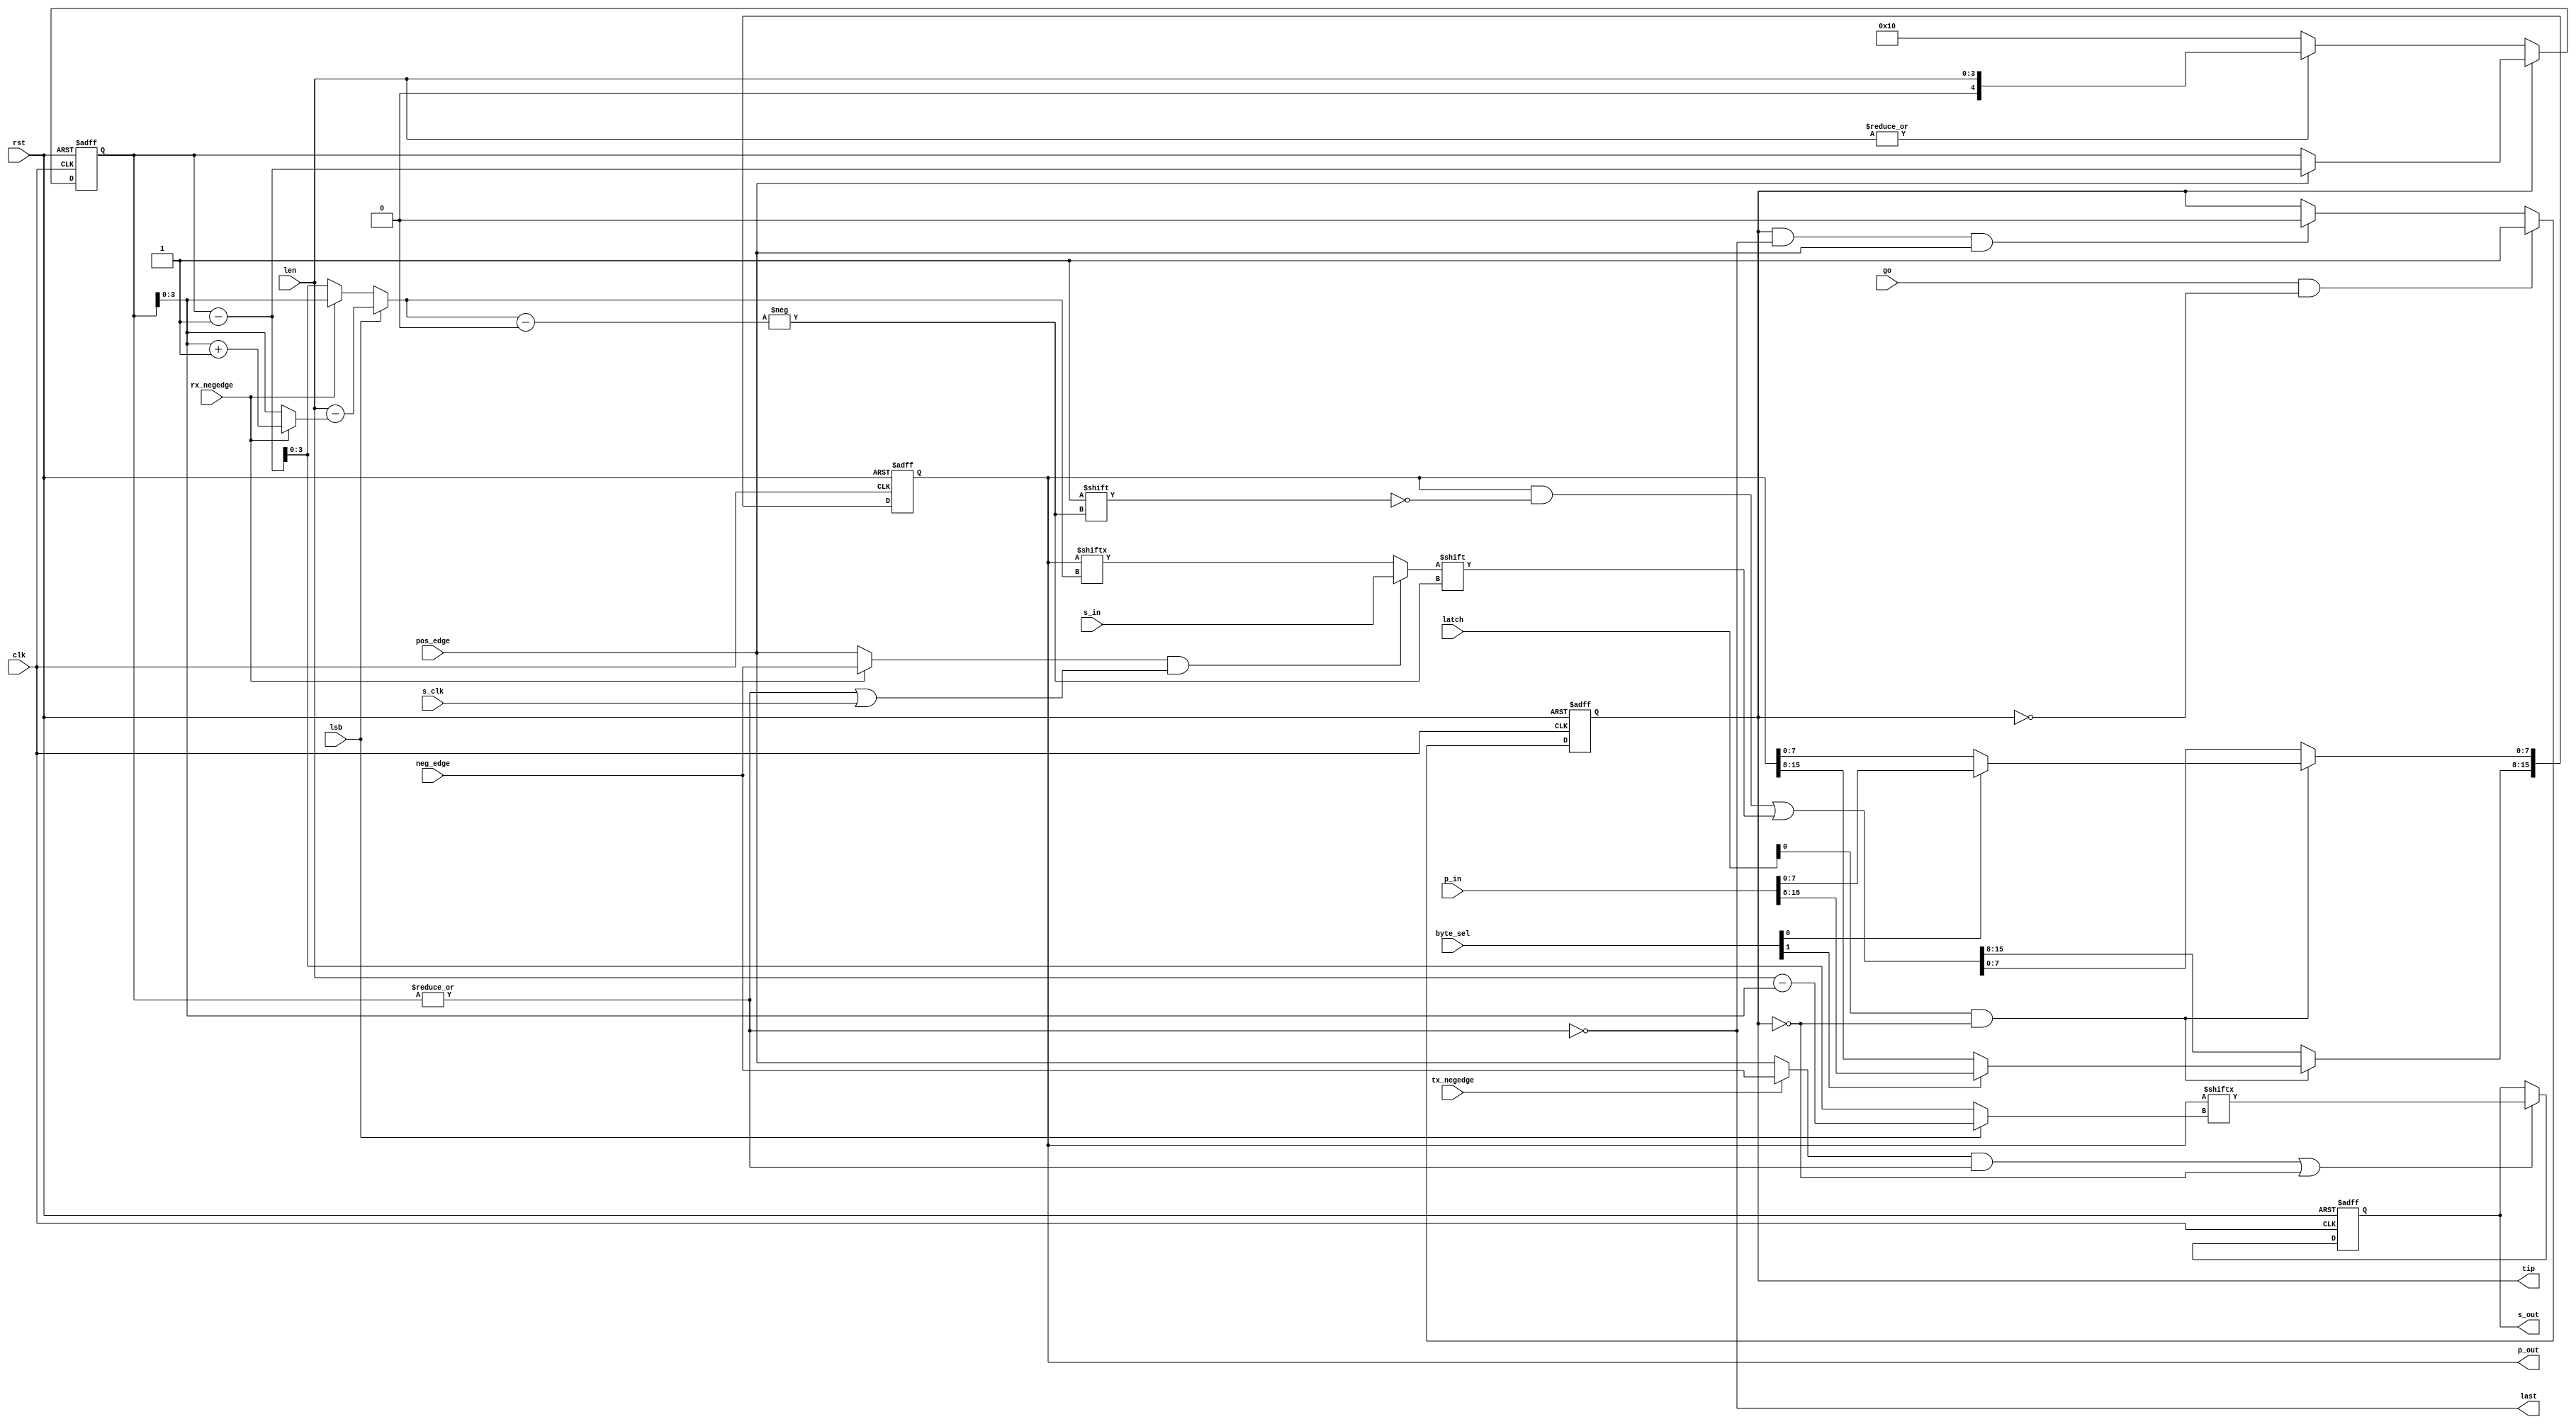
//////////////////////////////////////////////////////////////////////
////                                                              ////
////  spi_shift.v                                                 ////
////                                                              ////
////  This file is part of the SPI IP core project                ////
////  http://www.opencores.org/projects/spi/                      ////
////                                                              ////
////  Author(s):                                                  ////
////      - Simon Srot (simons@opencores.org)                     ////
////                                                              ////
////  All additional information is avaliable in the Readme.txt   ////
////  file.                                                       ////
////                                                              ////
//////////////////////////////////////////////////////////////////////
////                                                              ////
//// Copyright (C) 2002 Authors                                   ////
////                                                              ////
//// This source file may be used and distributed without         ////
//// restriction provided that this copyright statement is not    ////
//// removed from the file and that any derivative work contains  ////
//// the original copyright notice and the associated disclaimer. ////
////                                                              ////
//// This source file is free software; you can redistribute it   ////
//// and/or modify it under the terms of the GNU Lesser General   ////
//// Public License as published by the Free Software Foundation; ////
//// either version 2.1 of the License, or (at your option) any   ////
//// later version.                                               ////
////                                                              ////
//// This source is distributed in the hope that it will be       ////
//// useful, but WITHOUT ANY WARRANTY; without even the implied   ////
//// warranty of MERCHANTABILITY or FITNESS FOR A PARTICULAR      ////
//// PURPOSE.  See the GNU Lesser General Public License for more ////
//// details.                                                     ////
////                                                              ////
//// You should have received a copy of the GNU Lesser General    ////
//// Public License along with this source; if not, download it   ////
//// from http://www.opencores.org/lgpl.shtml                     ////
////                                                              ////
//////////////////////////////////////////////////////////////////////
`timescale 1ns / 10ps


//
// Number of bits used for devider register. If used in system with
// low frequency of system clock this can be reduced.
// Use SPI_DIVIDER_LEN for fine tuning theexact number.
//
//`define SPI_DIVIDER_LEN_8
`define SPI_DIVIDER_LEN_16
//`define SPI_DIVIDER_LEN_24
//`define SPI_DIVIDER_LEN_32

`ifdef SPI_DIVIDER_LEN_8
  `define SPI_DIVIDER_LEN       8    // Can be set from 1 to 8
`endif                                                          
`ifdef SPI_DIVIDER_LEN_16                                       
  `define SPI_DIVIDER_LEN       16   // Can be set from 9 to 16
`endif                                                          
`ifdef SPI_DIVIDER_LEN_24                                       
  `define SPI_DIVIDER_LEN       24   // Can be set from 17 to 24
`endif                                                          
`ifdef SPI_DIVIDER_LEN_32                                       
  `define SPI_DIVIDER_LEN       32   // Can be set from 25 to 32 
`endif

//
// Maximum nuber of bits that can be send/received at once. 
// Use SPI_MAX_CHAR for fine tuning the exact number, when using
// SPI_MAX_CHAR_32, SPI_MAX_CHAR_24, SPI_MAX_CHAR_16, SPI_MAX_CHAR_8.
//
//`define SPI_MAX_CHAR_128
//`define SPI_MAX_CHAR_64
//`define SPI_MAX_CHAR_32
//`define SPI_MAX_CHAR_24
`define SPI_MAX_CHAR_16
//`define SPI_MAX_CHAR_8

`ifdef SPI_MAX_CHAR_128
  `define SPI_MAX_CHAR          128  // Can only be set to 128 
  `define SPI_CHAR_LEN_BITS     7
`endif
`ifdef SPI_MAX_CHAR_64
  `define SPI_MAX_CHAR          64   // Can only be set to 64 
  `define SPI_CHAR_LEN_BITS     6
`endif
`ifdef SPI_MAX_CHAR_32
  `define SPI_MAX_CHAR          32   // Can be set from 25 to 32 
  `define SPI_CHAR_LEN_BITS     5
`endif
`ifdef SPI_MAX_CHAR_24
  `define SPI_MAX_CHAR          24   // Can be set from 17 to 24 
  `define SPI_CHAR_LEN_BITS     5
`endif
`ifdef SPI_MAX_CHAR_16
  `define SPI_MAX_CHAR          16   // Can be set from 9 to 16 -----MODIFICADO------- 
  `define SPI_CHAR_LEN_BITS     4   //  --------MODIFICADO--------
`endif
`ifdef SPI_MAX_CHAR_8
  `define SPI_MAX_CHAR          8    // Can be set from 1 to 8 
  `define SPI_CHAR_LEN_BITS     3
`endif

//
// Number of device select signals. Use SPI_SS_NB for fine tuning the 
// exact number.
//
`define SPI_SS_NB_8
//`define SPI_SS_NB_16
//`define SPI_SS_NB_24
//`define SPI_SS_NB_32

`ifdef SPI_SS_NB_8
  `define SPI_SS_NB             4    // Can be set from 1 to 8 ----------MODIFICADO---------
`endif
`ifdef SPI_SS_NB_16
  `define SPI_SS_NB             16   // Can be set from 9 to 16
`endif
`ifdef SPI_SS_NB_24
  `define SPI_SS_NB             24   // Can be set from 17 to 24
`endif
`ifdef SPI_SS_NB_32
  `define SPI_SS_NB             32   // Can be set from 25 to 32
`endif

//
// Bits of WISHBONE address used for partial decoding of SPI registers.
//
`define SPI_OFS_BITS	          4:2

//
// Register offset
//
`define SPI_RX_0                0
`define SPI_RX_1                1
`define SPI_RX_2                2
`define SPI_RX_3                3
`define SPI_TX_0                0
`define SPI_TX_1                1
`define SPI_TX_2                2
`define SPI_TX_3                3
`define SPI_CTRL                4
`define SPI_DEVIDE              5
`define SPI_SS                  6

//
// Number of bits in ctrl register
//
`define SPI_CTRL_BIT_NB         14

//
// Control register bit position
//
`define SPI_CTRL_ASS            13
`define SPI_CTRL_IE             12
`define SPI_CTRL_LSB            11
`define SPI_CTRL_TX_NEGEDGE     10
`define SPI_CTRL_RX_NEGEDGE     9
`define SPI_CTRL_GO             8
`define SPI_CTRL_RES_1          7
`define SPI_CTRL_CHAR_LEN       6:0
module spi_shift (clk, rst, latch, byte_sel, len, lsb, go,
                  pos_edge, neg_edge, rx_negedge, tx_negedge,
                  tip, last, 
                  p_in, p_out, s_clk, s_in, s_out);

  parameter Tp = 1;
  
  input                          clk;          // system clock
  input                          rst;          // reset
  input                    [3:0] latch;        // latch signal for storing the data in shift register
  input                    [3:0] byte_sel;     // byte select signals for storing the data in shift register
  input [`SPI_CHAR_LEN_BITS-1:0] len;          // data len in bits (minus one)
  input                          lsb;          // lbs first on the line
  input                          go;           // start stansfer
  input                          pos_edge;     // recognize posedge of sclk
  input                          neg_edge;     // recognize negedge of sclk
  input                          rx_negedge;   // s_in is sampled on negative edge 
  input                          tx_negedge;   // s_out is driven on negative edge
  output                         tip;          // transfer in progress
  output                         last;         // last bit
  input                   [31:0] p_in;         // parallel in
  output     [`SPI_MAX_CHAR-1:0] p_out;        // parallel out
  input                          s_clk;        // serial clock
  input                          s_in;         // serial in
  output                         s_out;        // serial out
                                               
  reg                            s_out;        
  reg                            tip;
                              
  reg     [`SPI_CHAR_LEN_BITS:0] cnt;          // data bit count
  reg        [`SPI_MAX_CHAR-1:0] data;         // shift register
  wire    [`SPI_CHAR_LEN_BITS:0] tx_bit_pos;   // next bit position
  wire    [`SPI_CHAR_LEN_BITS:0] rx_bit_pos;   // next bit position
  wire                           rx_clk;       // rx clock enable
  wire                           tx_clk;       // tx clock enable
  
  assign p_out = data;
  
  assign tx_bit_pos = lsb ? {!(|len), len} - cnt : cnt - {{`SPI_CHAR_LEN_BITS{1'b0}},1'b1};
  assign rx_bit_pos = lsb ? {!(|len), len} - (rx_negedge ? cnt + {{`SPI_CHAR_LEN_BITS{1'b0}},1'b1} : cnt) : 
                            (rx_negedge ? cnt : cnt - {{`SPI_CHAR_LEN_BITS{1'b0}},1'b1});
  
  assign last = !(|cnt);
  
  assign rx_clk = (rx_negedge ? neg_edge : pos_edge) && (!last || s_clk);
  assign tx_clk = (tx_negedge ? neg_edge : pos_edge) && !last;
  
  // Character bit counter
  always @(posedge clk or posedge rst)
  begin
    if(rst)
      cnt <= #Tp {`SPI_CHAR_LEN_BITS+1{1'b0}};
    else
      begin
        if(tip)
          cnt <= #Tp pos_edge ? (cnt - {{`SPI_CHAR_LEN_BITS{1'b0}}, 1'b1}) : cnt;
        else
          cnt <= #Tp !(|len) ? {1'b1, {`SPI_CHAR_LEN_BITS{1'b0}}} : {1'b0, len};
      end
  end
  
  // Transfer in progress
  always @(posedge clk or posedge rst)
  begin
    if(rst)
      tip <= #Tp 1'b0;
  else if(go && ~tip)
    tip <= #Tp 1'b1;
  else if(tip && last && pos_edge)
    tip <= #Tp 1'b0;
  end
  
  // Sending bits to the line
  always @(posedge clk or posedge rst)
  begin
    if (rst)
      s_out   <= #Tp 1'b0;
    else
      s_out <= #Tp (tx_clk || !tip) ? data[tx_bit_pos[`SPI_CHAR_LEN_BITS-1:0]] : s_out;
  end
  
  // Receiving bits from the line
  always @(posedge clk or posedge rst)
  begin
    if (rst)
      data   <= #Tp {`SPI_MAX_CHAR{1'b0}};
`ifdef SPI_MAX_CHAR_128
    else if (latch[0] && !tip)
      begin
        if (byte_sel[3])
          data[31:24] <= #Tp p_in[31:24];
        if (byte_sel[2])
          data[23:16] <= #Tp p_in[23:16];
        if (byte_sel[1])
          data[15:8] <= #Tp p_in[15:8];
        if (byte_sel[0])
          data[7:0] <= #Tp p_in[7:0];
      end
    else if (latch[1] && !tip)
      begin
        if (byte_sel[3])
          data[63:56] <= #Tp p_in[31:24];
        if (byte_sel[2])
          data[55:48] <= #Tp p_in[23:16];
        if (byte_sel[1])
          data[47:40] <= #Tp p_in[15:8];
        if (byte_sel[0])
          data[39:32] <= #Tp p_in[7:0];
      end
    else if (latch[2] && !tip)
      begin
        if (byte_sel[3])
          data[95:88] <= #Tp p_in[31:24];
        if (byte_sel[2])
          data[87:80] <= #Tp p_in[23:16];
        if (byte_sel[1])
          data[79:72] <= #Tp p_in[15:8];
        if (byte_sel[0])
          data[71:64] <= #Tp p_in[7:0];
      end
    else if (latch[3] && !tip)
      begin
        if (byte_sel[3])
          data[127:120] <= #Tp p_in[31:24];
        if (byte_sel[2])
          data[119:112] <= #Tp p_in[23:16];
        if (byte_sel[1])
          data[111:104] <= #Tp p_in[15:8];
        if (byte_sel[0])
          data[103:96] <= #Tp p_in[7:0];
      end
`else
`ifdef SPI_MAX_CHAR_64
    else if (latch[0] && !tip)
      begin
        if (byte_sel[3])
          data[31:24] <= #Tp p_in[31:24];
        if (byte_sel[2])
          data[23:16] <= #Tp p_in[23:16];
        if (byte_sel[1])
          data[15:8] <= #Tp p_in[15:8];
        if (byte_sel[0])
          data[7:0] <= #Tp p_in[7:0];
      end
    else if (latch[1] && !tip)
      begin
        if (byte_sel[3])
          data[63:56] <= #Tp p_in[31:24];
        if (byte_sel[2])
          data[55:48] <= #Tp p_in[23:16];
        if (byte_sel[1])
          data[47:40] <= #Tp p_in[15:8];
        if (byte_sel[0])
          data[39:32] <= #Tp p_in[7:0];
      end
`else
    else if (latch[0] && !tip)
      begin
      `ifdef SPI_MAX_CHAR_8
        if (byte_sel[0])
          data[`SPI_MAX_CHAR-1:0] <= #Tp p_in[`SPI_MAX_CHAR-1:0];
      `endif
      `ifdef SPI_MAX_CHAR_16
        if (byte_sel[0])
          data[7:0] <= #Tp p_in[7:0];
        if (byte_sel[1])
          data[`SPI_MAX_CHAR-1:8] <= #Tp p_in[`SPI_MAX_CHAR-1:8];
      `endif
      `ifdef SPI_MAX_CHAR_24
        if (byte_sel[0])
          data[7:0] <= #Tp p_in[7:0];
        if (byte_sel[1])
          data[15:8] <= #Tp p_in[15:8];
        if (byte_sel[2])
          data[`SPI_MAX_CHAR-1:16] <= #Tp p_in[`SPI_MAX_CHAR-1:16];
      `endif
      `ifdef SPI_MAX_CHAR_32
        if (byte_sel[0])
          data[7:0] <= #Tp p_in[7:0];
        if (byte_sel[1])
          data[15:8] <= #Tp p_in[15:8];
        if (byte_sel[2])
          data[23:16] <= #Tp p_in[23:16];
        if (byte_sel[3])
          data[`SPI_MAX_CHAR-1:24] <= #Tp p_in[`SPI_MAX_CHAR-1:24];
      `endif
      end
`endif
`endif
    else
      data[rx_bit_pos[`SPI_CHAR_LEN_BITS-1:0]] <= #Tp rx_clk ? s_in : data[rx_bit_pos[`SPI_CHAR_LEN_BITS-1:0]];
  end
  
endmodule